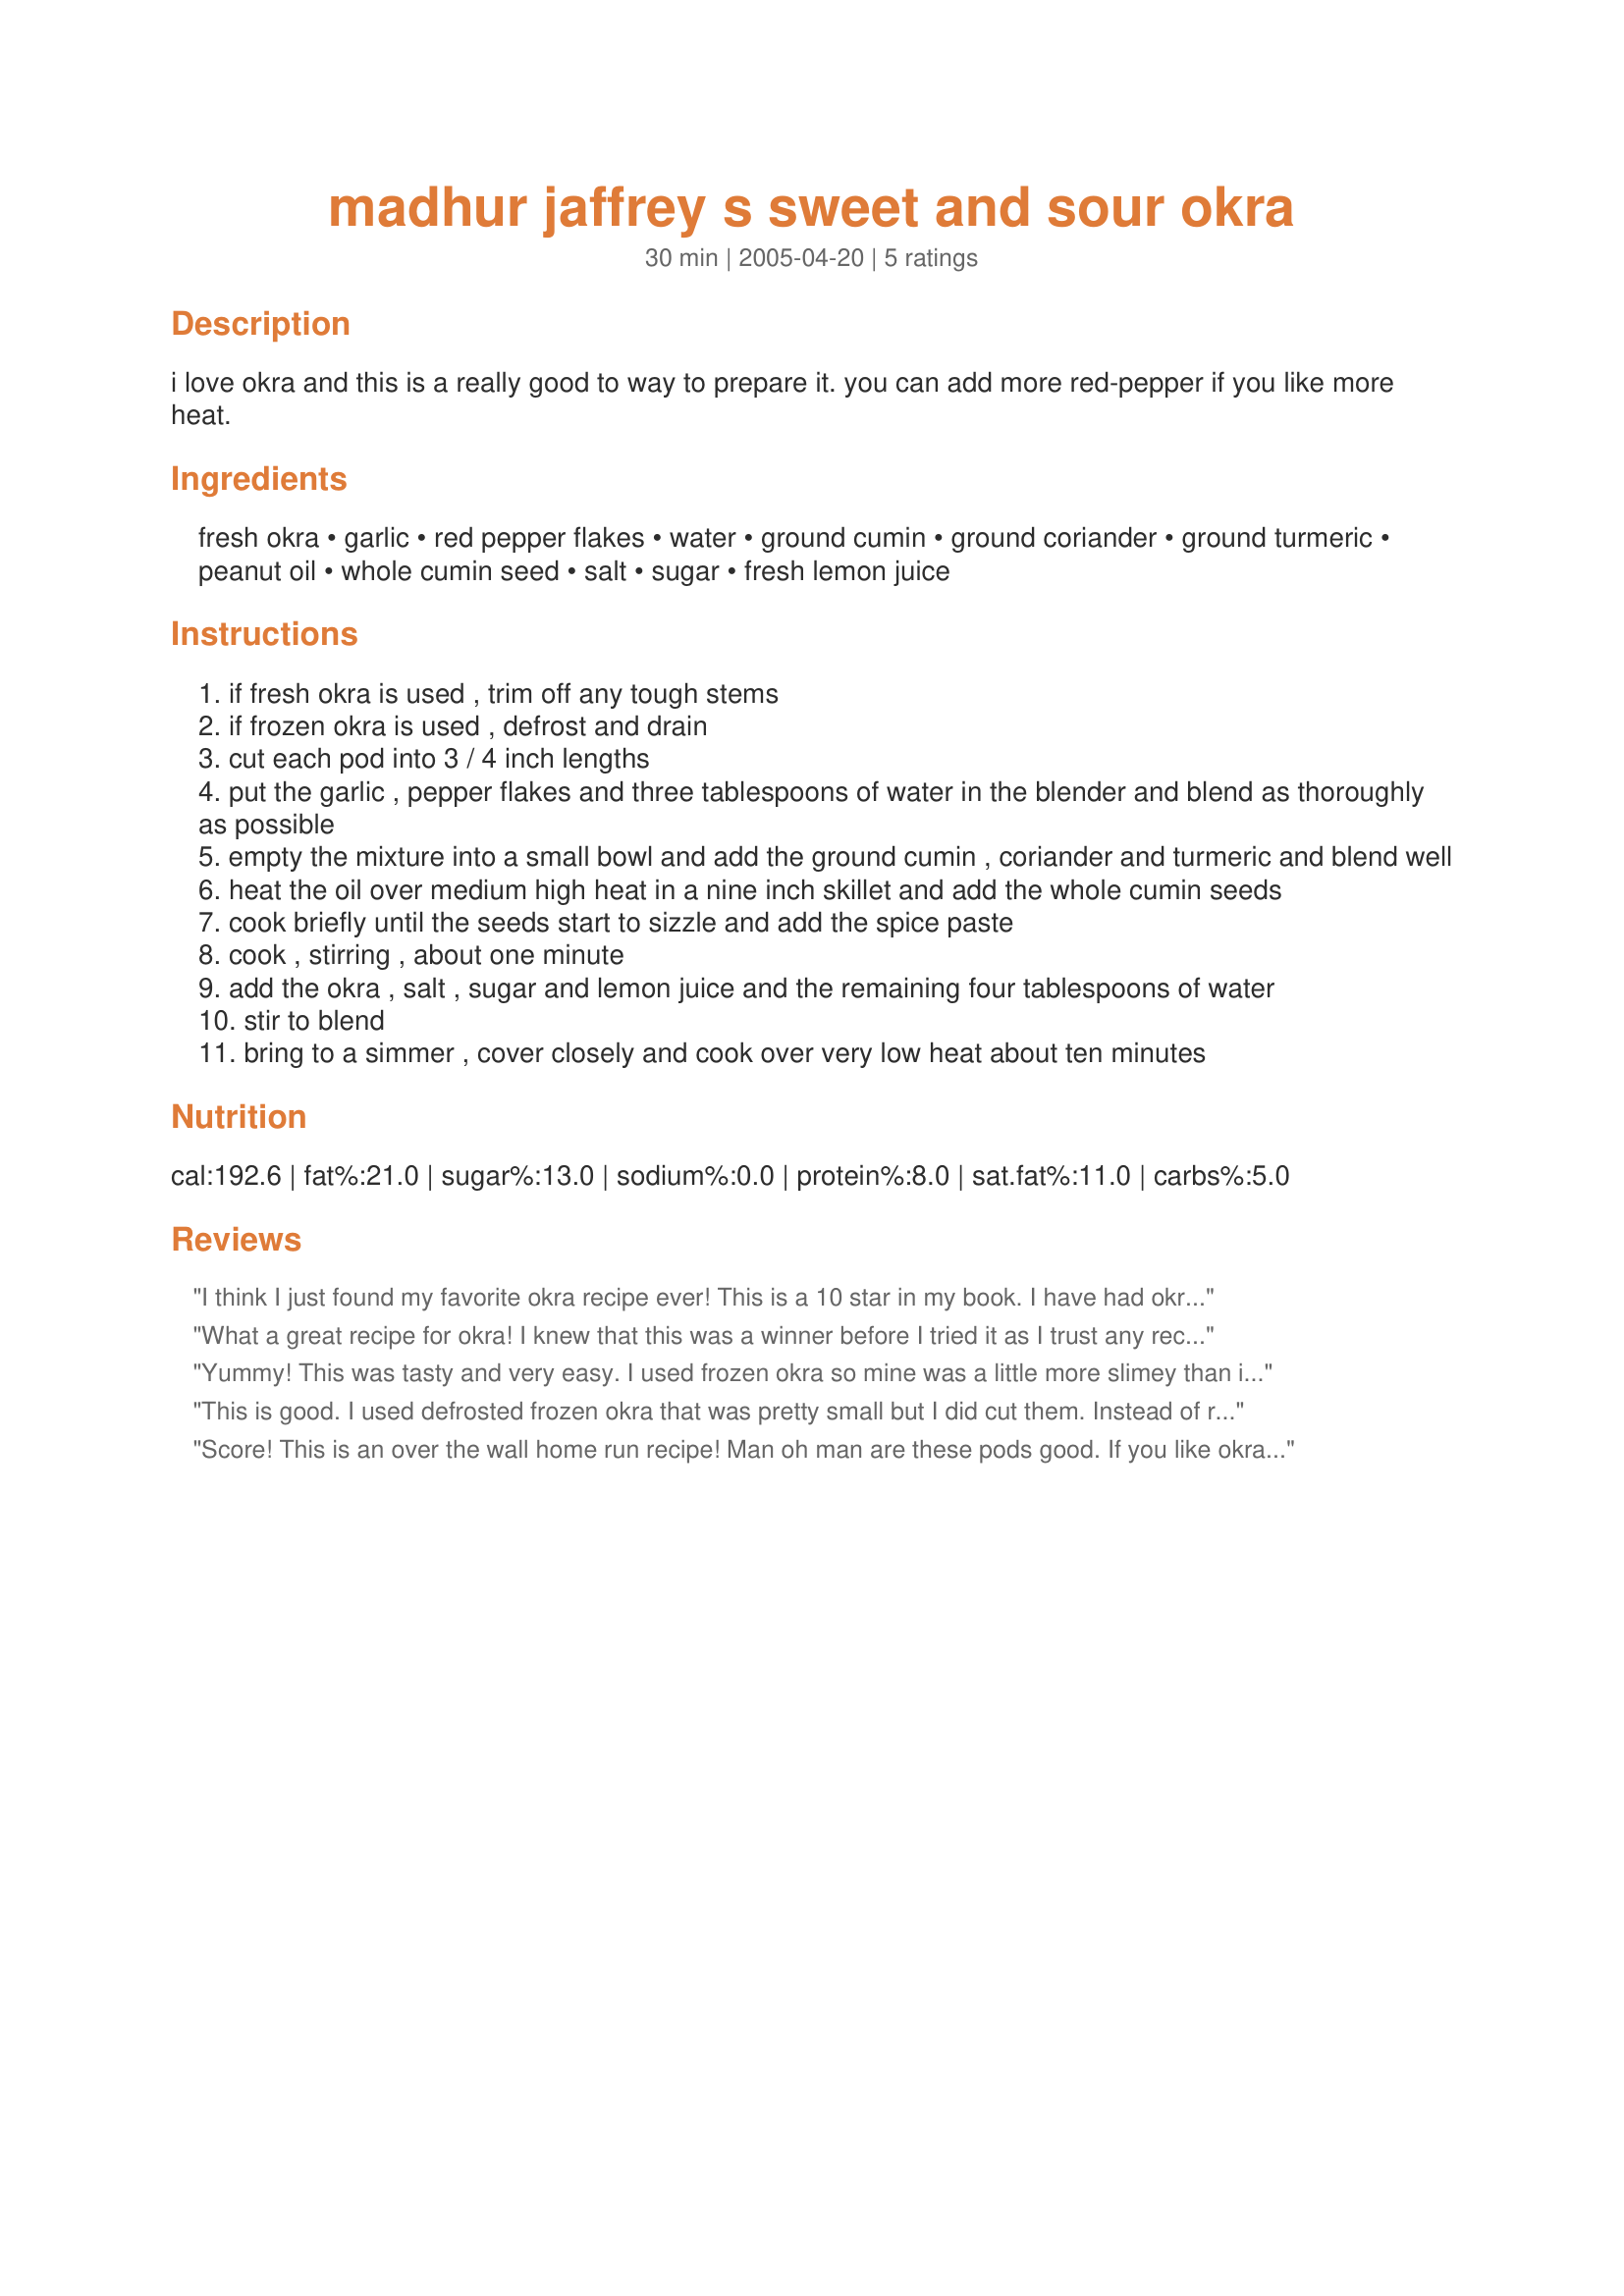
madhur jaffrey s sweet and sour okra
Preparation time: 30 minutes

i love okra and this is a really good to way to prepare it. you can add more red-pepper if you like more heat.

Ingredients:
fresh okra, garlic, red pepper flakes, water, ground cumin, ground coriander, ground turmeric, peanut oil, whole cumin seed, salt, sugar, fresh lemon juice

Steps:
if fresh okra is used , trim off any tough stems
if frozen okra is used , defrost and drain
cut each pod into 3 / 4 inch lengths
put the garlic , pepper flakes and three tablespoons of water in the blender and blend as thoroughly as possible
empty the mixture into a small bowl and add the ground cumin , coriander and turmeric and blend well
heat the oil over medium high heat in a nine inch skillet and add the whole cumin seeds
cook briefly until the seeds start to sizzle and add the spice paste
cook , stirring , about one minute
add the okra , salt , sugar and lemon juice and the remaining four tablespoons of water
stir to blend
bring to a simmer , cover closely and cook over very low heat about ten minutes

Reviews:
I think I just found my favorite okra recipe ever! This is a 10 star in my book. I have had okra in many forms, but this puts a whole new spin on okra. I loved the cumin flavor and slight heat and didn't find it particularly sweet or sour. I thought DH might not care for it, but he rated it 5 stars too. Thank you Kate for a recipe that will be my first choice when I have fresh okra!
What a great recipe for okra! I knew that this was a winner before I tried it as I trust any recipe by Madhur Jaffrey. That it had Chef Kate's personal seal of approval was just one more assurance for me, and I was not disappointed. I did not trim my okra as they were baby pods, and completely delectable. The spicy paste permeated the pods and turned a vegetable that I love any way, into a wonderful new dish that I can't wait to make again. The recipe could not be any easier to make and - you have to try this the next day, if you have leftovers, as a cold antipasti-type salad. Absolutely super!
Yummy! This was tasty and very easy. I used frozen okra so mine was a little more slimey than if I had been able to get fresh, but as it was, I had to go to 4 different grocery stores before I found any at all! Very well balanced flavors and I actually thought the mucilage helped- the spices and garlic paste really stuck to the okra. I used unfiltered peanut oil, which I really recommend, since it has more peanut flavor and that really combines well with the okra. We served with cauliflower (a variation of Cauliflower with Five Spices #82836) and a lamb curry. This made a lovely warm weather meal and I will probably make this again this summer. Maybe I'll be able to get some fresh okra... Thanks!
This is good. I used defrosted frozen okra that was pretty small but I did cut them. Instead of red pepper flakes I used some cayenne pepper powder as I didn't have any but I think it would go better with the flakes. I used all ground cumin as I need to buy more whole! Used freshly ground coriander, canola oil to be peanut and soy free, sea salt, white sugar, plus the rest. I served it with recipe#150810 and it went quite well. Made for Veggie Swap 31 ~ February 2011.
Score! This is an over the wall home run recipe! Man oh man are these pods good. If you like okra you will adore this dish. My pods were tiny so I just cut them in half. A tip Ihave learned is the less you mess with cut okra pods the less slimy it will be so toss and stir as little as possible. Terrific dish. Loved it.
